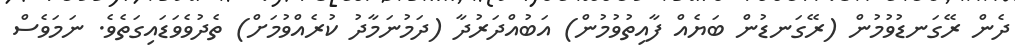
ދެން ރޭގަނޑުވުމުން (ރޭގަނޑުން ބަޔެއް ފާއިތުވުމުން) އަބުއްދަރުދާ (ދަމުނަމާދު ކުރެއްވުމަށް) ތެދުވެވަޑައިގަތެވެ. ނަމަވެސް